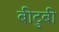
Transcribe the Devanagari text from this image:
बीटुबी